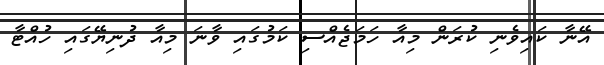
އޭނާ ކައިވެނި ކުރަން މިއާ ހަމަޖެއްސި ކަމުގައި ވާނަ މިއާ ދުނިޔޭގައި ހުއްޓާ